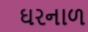
ઘરનાળ